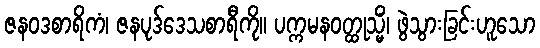
ဇနဝဒစာရိကံ၊ ဇနပုဒ်ဒေသစာရီကို။ ပက္ကမနဝတ္ထုသ္မိံ၊ ဖွဲသွားခြင်းဟူသော